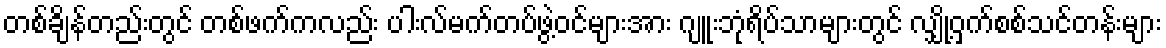
တစ်ချိန်တည်းတွင် တစ်ဖက်ကလည်း ပါးလ်မက်တပ်ဖွဲ့ဝင်များအား ဂျူးဘုံရိပ်သာများတွင် လျှို့ဝှက်စစ်သင်တန်းများ